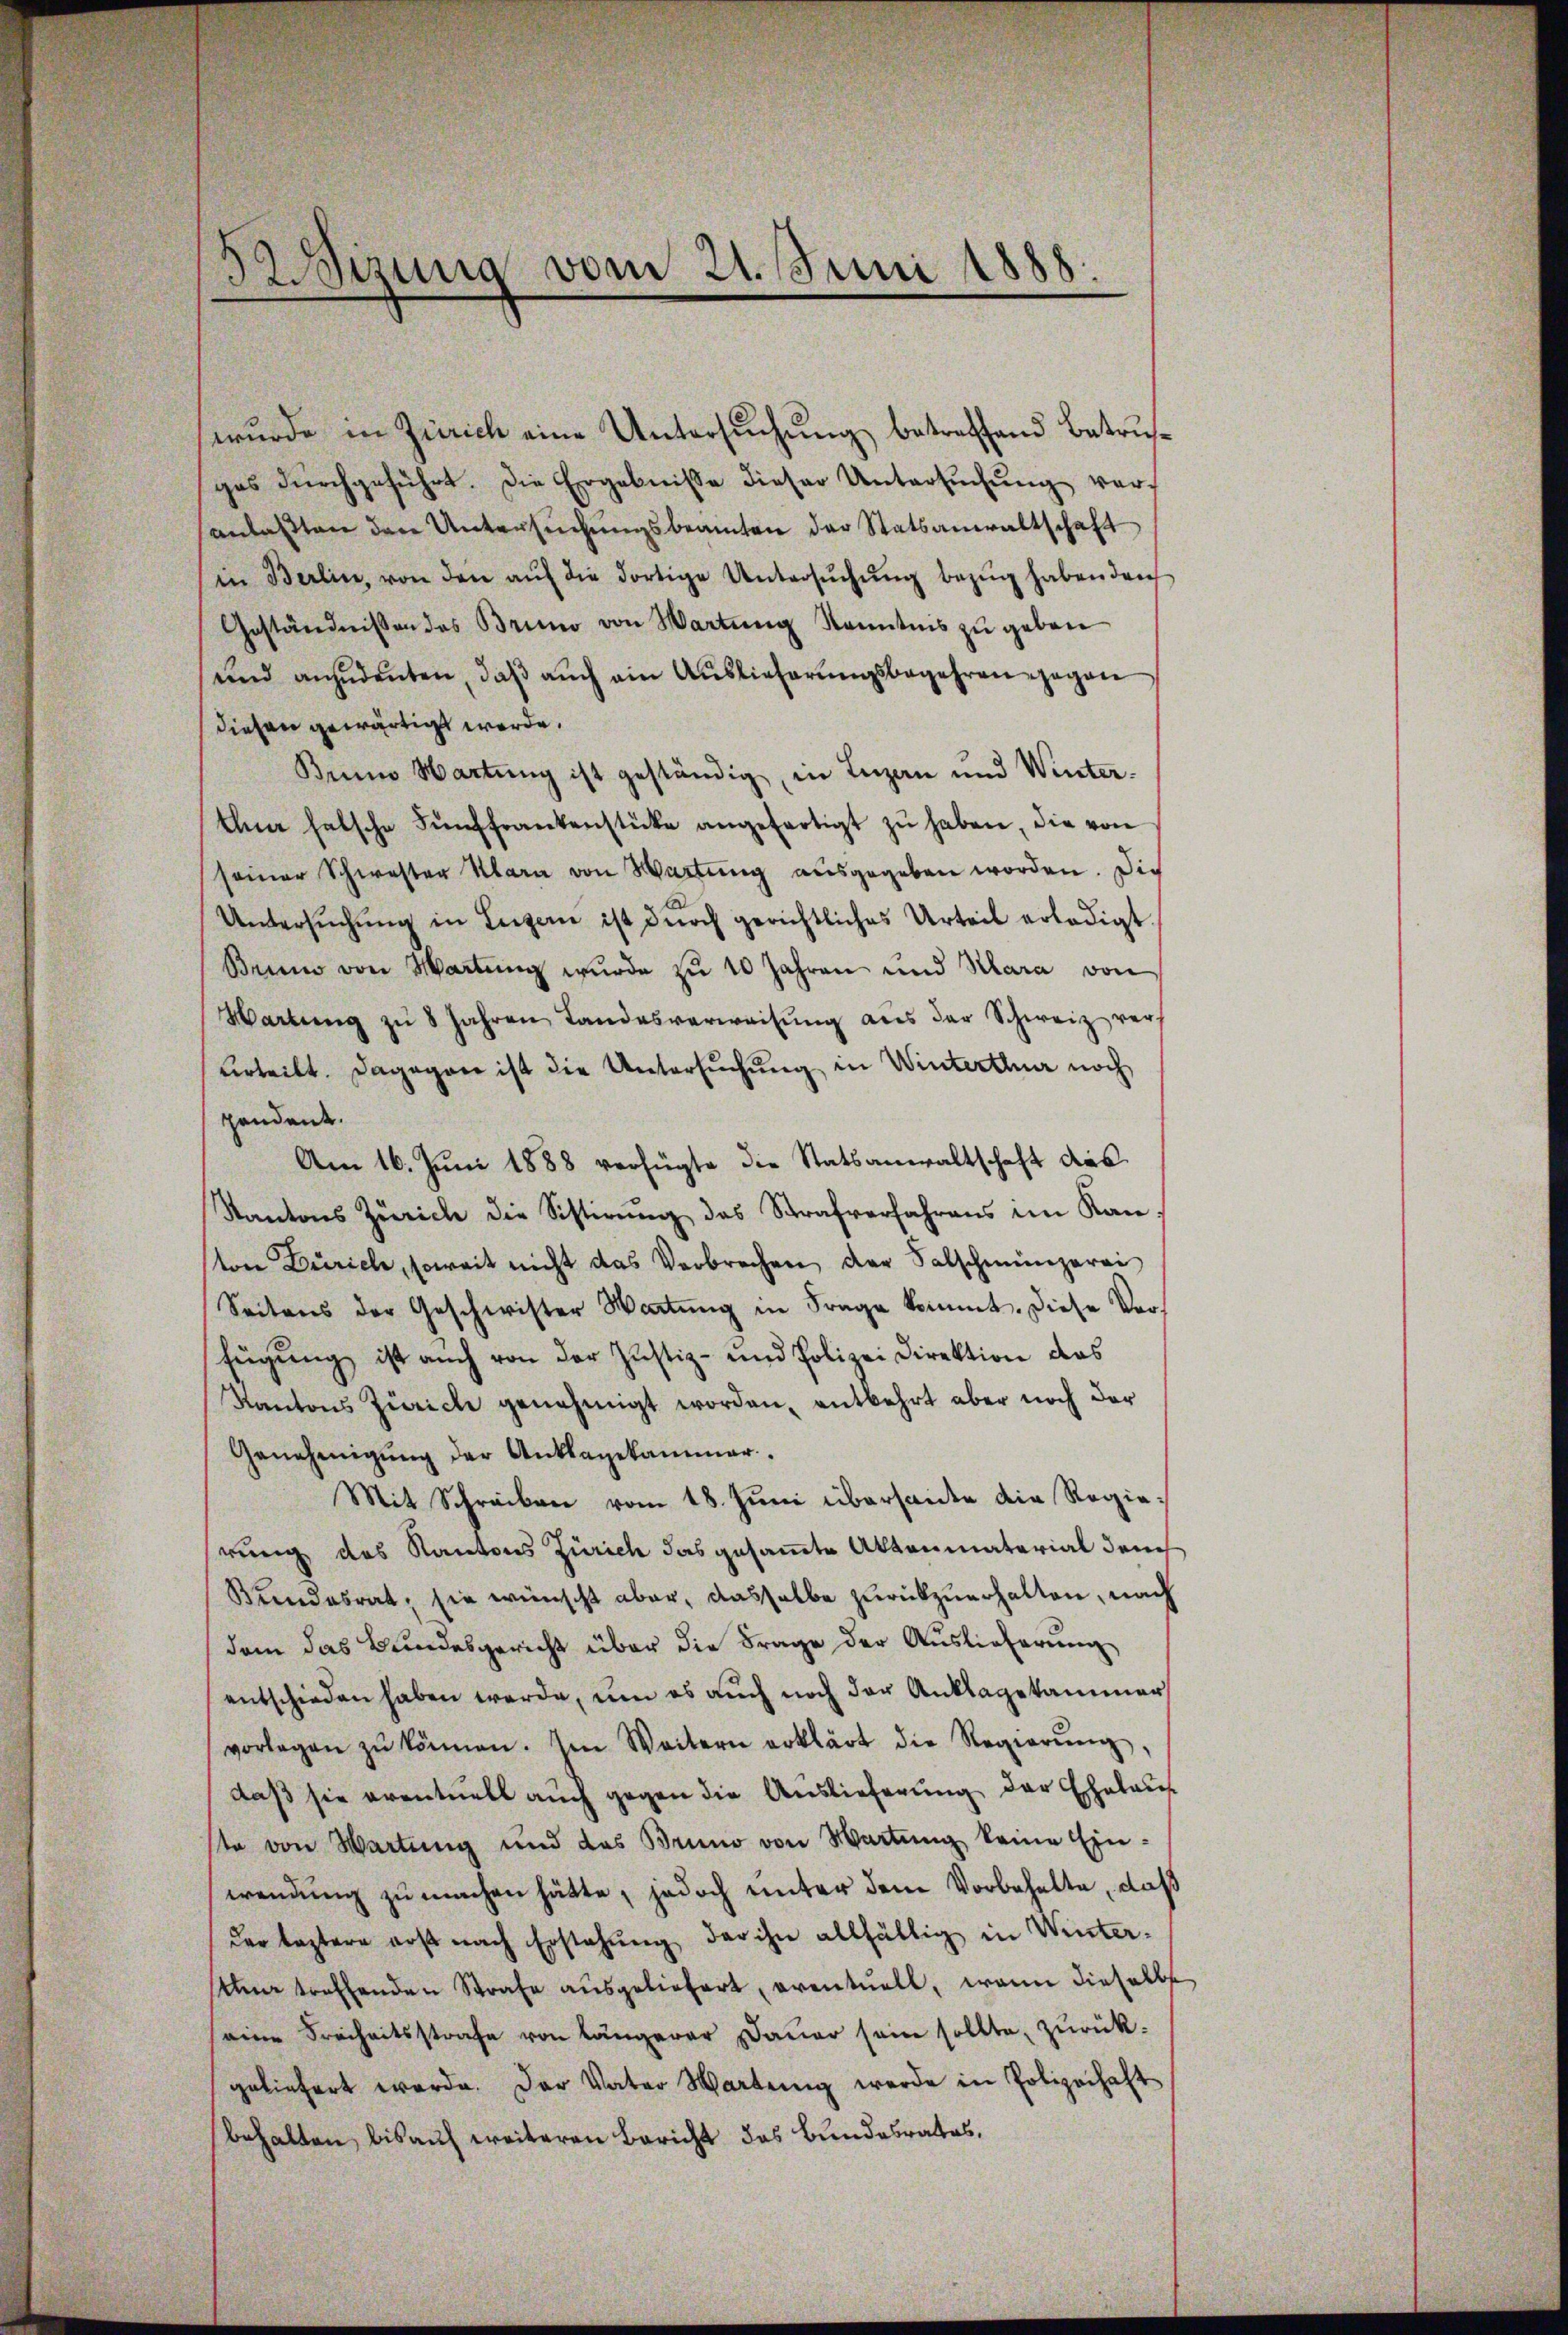
izung vom 21. Juni 1888.

wurde in Zürich eine Untersuchung betreffend Betruges durchgeführt. Die Ergebnisse dieser Untersŭchŭng veranlaßten den Untersŭchŭngsbeamten der Statsanwaltschaft
in Berlin, von den aŭf die dortige Untersŭchŭng bezug haben den
Geständnissen des Bruno von Wartŭng Kenntnis zu geben
und anzudeuten, daß auch ein Auslieferungsbegehren gegen
diehen gewärtigt werde,
Beim Wartung ist geständig, in Luzan und Winter-
thin falsche Fünffrankenstücke angefertigt zŭ haben, die von
seiner Schwester Klara von Wartung ausgegeben worden. Die
Untersŭchŭng in Luzern ist durch gerichtliches Urteil erledigt.
Beim von Wartung wurde zu 10 Jahren und Kara von
Wartung zŭ 8 Jahren Landesverweisŭng aus der Schweiz vervrteilt. Dagegen ist die Untersŭchŭng in Winterthur noch
pendent.
Am 16. Juni 1888 verfügte die Statsanwaltschaft das
Kantons Zürich die Sistirŭng des Strafverfahrens im Kanston Zürich, soweit nicht das Verbrechen der Salschmünzerei
Seitens der Geschwister Wartung in Frage kommt. Diese Vor¬
Eŭgŭng ist auch von der Justiz- und Polizei Direktion das
Kantons Zürich genehmigt worden, entbehrt aber noch der
Genehmigung der Anklagekammer.
Mit Schreiben vom 18. Juni übersante die Regierung des Kantons Zürich das gesamte Aktenmaterial den
Bundesrat, sie wünscht aber, dasselbe zurückzuerhalten, nach
dem das Bundesgericht über die Frage der Auslieferung
entschieden haben werde, um es auch noch der Anklagekammer
vorlagen zŭ können. Im Weitern erklärt die Regierŭng
daß sie eventuell auch gegen die Auslieferung der Ehelaus
te von Wartung und des Bruno von Wartung keine Einwendung zu machen hätte, jedoch unter dem Vorbehalte, daß
der leztere erst nach Erstehung der ihn allfällig in Winter-
t treffenden Strafe aŭsgeliefert, eventuell, wenn dieselbs
eine Freiheitsstrafe von längerer Dauer sein sollte, zurück-
geliefert werde. Der Vater Wartung werde in Polizeihaft
behalten, bis auf weiteren Bericht das Bundesrates.